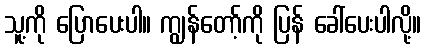
သူ့ကို ပြောပေးပါ။ ကျွန်တော့်ကို ပြန် ခေါ်ပေးပါလို့။